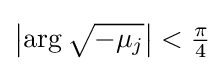
\left|\arg {\sqrt {-\mu _{j}}}\right|<{\tfrac {\pi }{4}}